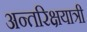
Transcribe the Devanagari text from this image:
अन्तरिक्षयात्री